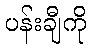
ပန်းချီကို